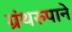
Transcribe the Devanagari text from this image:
ग्रंथरुपाने